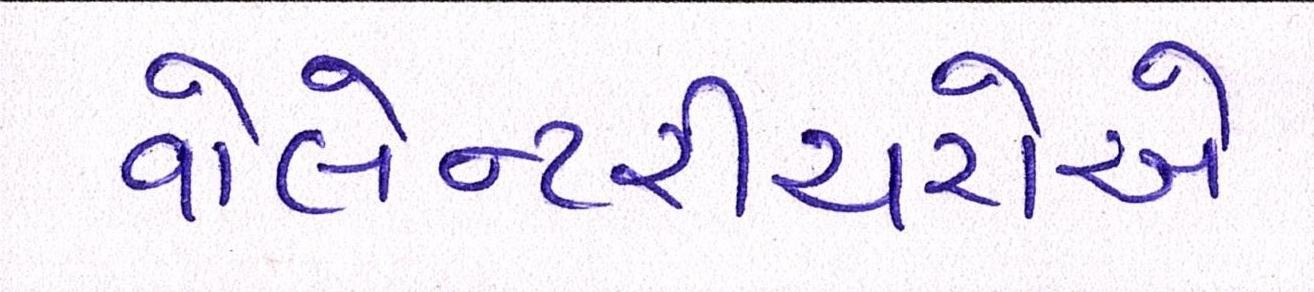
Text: વોલેન્ટરીયરોએ